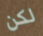
لكن